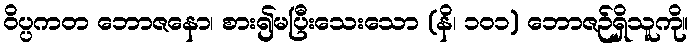
ဝိပ္ပကတ ဘောဇနော၊ စား၍မပြီးသေးသော (နိ၊ ၁၀၁) ဘောဇဉ်ရှိသူကို။